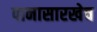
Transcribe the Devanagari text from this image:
पानासारखेच